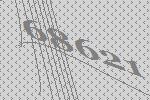
68621